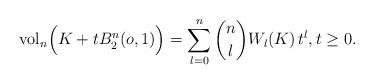
LaTeX: \begin{align*}\mbox{vol}_n\Big( K + t B_2^n(o,1) \Big) = \sum_{l=0}^n \genfrac(){0pt}{0}{n}{l} W_l(K) \, t^l , t\geq 0. \end{align*}